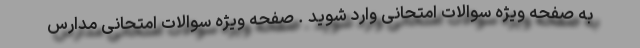
به صفحه ویژه سوالات امتحانی وارد شوید . صفحه ویژه سوالات امتحانی مدارس